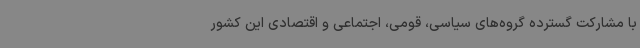
با مشارکت گسترده گروه‌های سیاسی، قومی، اجتماعی و اقتصادی این کشور